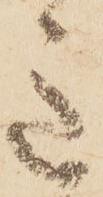
意